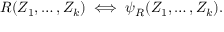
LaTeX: R ( Z _ { 1 } , \dots , Z _ { k } ) \iff \psi _ { R } ( Z _ { 1 } , \dots , Z _ { k } ) .